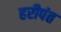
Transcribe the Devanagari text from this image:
हरीपंत